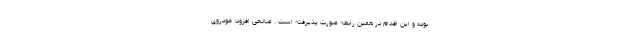
بوده و این اقدام در همین رابطه صورت پذیرفته است . صالحی افزود: خودروی